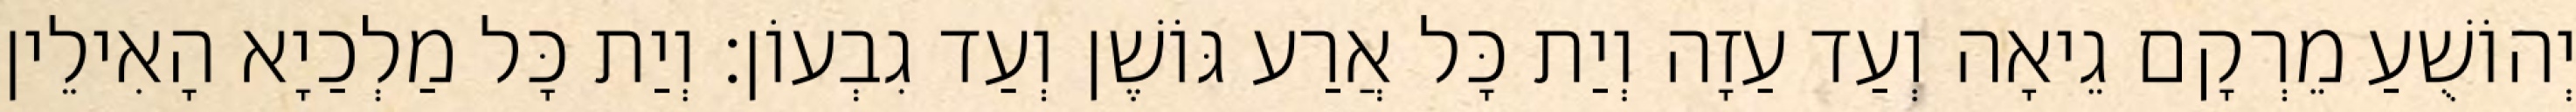
יְהוֹשֻׁעַ מֵרְקָם גֵיאָה וְעַד עַזָה וְיַת כָּל אֲרַע גּוֹשֶׁן וְעַד גִבְעוֹן׃ וְיַת כָּל מַלְכַיָא הָאִילֵין